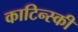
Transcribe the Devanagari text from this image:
काटिन्स्की